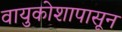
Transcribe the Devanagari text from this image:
वायुकोशापासून